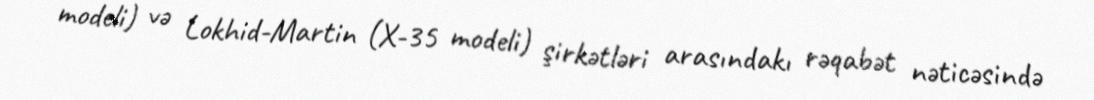
modeli) və Lokhid-Martin (X-35 modeli) şirkətləri arasındakı rəqabət nəticəsində